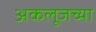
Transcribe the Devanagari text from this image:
अकलूजच्या